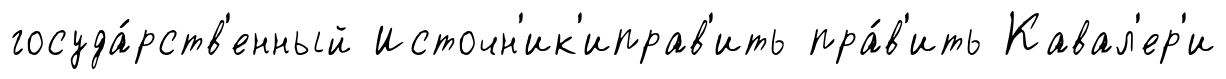
госуда́рств'енный Источн'ик'иправ'ить пра́в'ить Кавал'ер'и